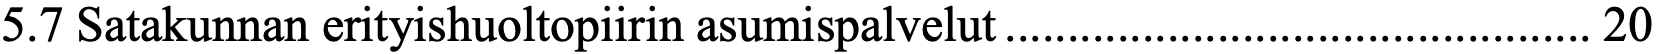
5.7 Satakunnan erityishuoltopiirin asumispalvelut ............................................... 20